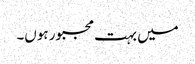
میں بہت مجبور ہوں۔